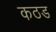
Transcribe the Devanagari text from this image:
कठड